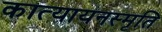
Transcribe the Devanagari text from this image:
कात्यायनस्मृति